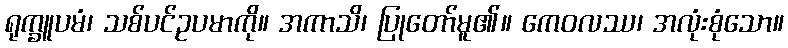
ရုက္ခူပမံ၊ သစ်ပင်ဥပမာကို။ အကာသိ၊ ပြုတော်မူ၏။ ကေဝလဿ၊ အလုံးစုံသော။